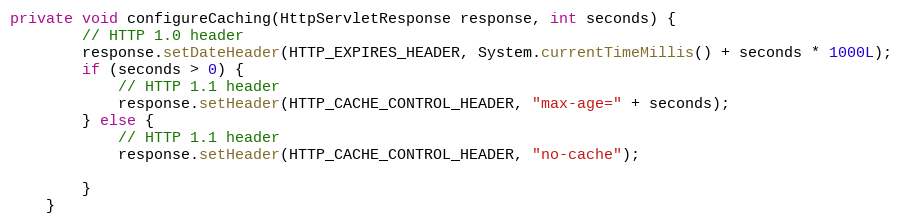
Language: Java
private void configureCaching(HttpServletResponse response, int seconds) {
		// HTTP 1.0 header
		response.setDateHeader(HTTP_EXPIRES_HEADER, System.currentTimeMillis() + seconds * 1000L);
		if (seconds > 0) {
			// HTTP 1.1 header
			response.setHeader(HTTP_CACHE_CONTROL_HEADER, "max-age=" + seconds);
		} else {
			// HTTP 1.1 header
			response.setHeader(HTTP_CACHE_CONTROL_HEADER, "no-cache");

		}
	}